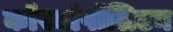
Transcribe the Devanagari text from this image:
कॉस्मॉपॉलिटन